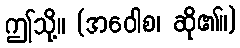
ဤသို့။ (အဝေါစ၊ ဆို၏။)